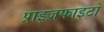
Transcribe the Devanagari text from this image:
प्राइज़फाइटों